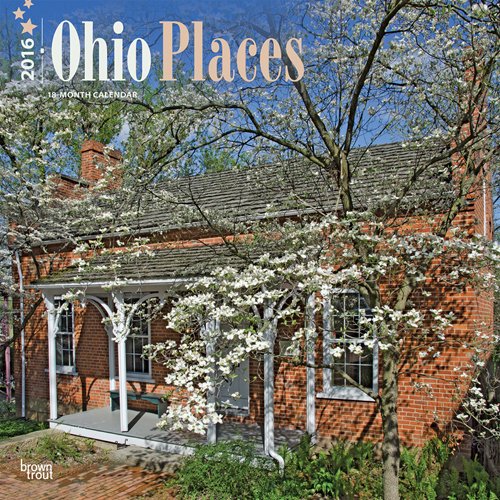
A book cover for Ohio Places 2016 Square 12x12; Browntrout Publishers; Calendars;